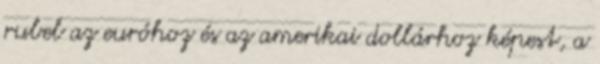
rubel az euróhoz és az amerikai dollárhoz képest, a